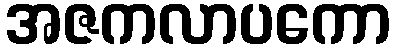
အဇကလာပကော